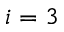
i = 3